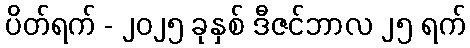
ပိတ်ရက် - ၂၀၂၅ ခုနှစ် ဒီဇင်ဘာလ ၂၅ ရက်